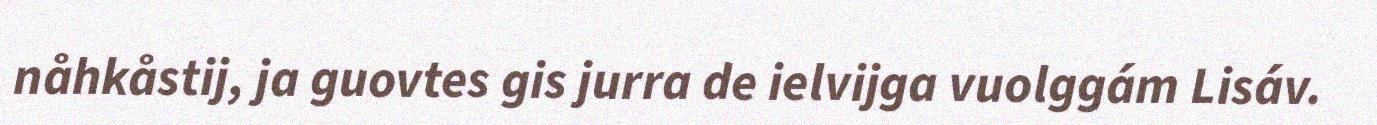
nåhkåstij, ja guovtes gis jurra de ielvijga vuolggám Lisáv.